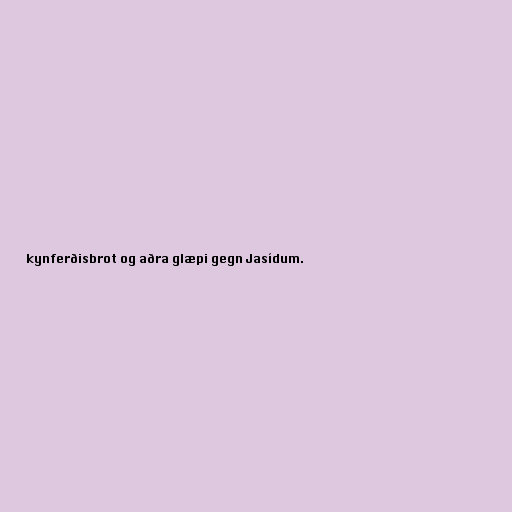
kynferðisbrot og aðra glæpi gegn Jasídum.